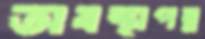
অবস্থাপন্ন